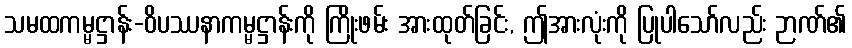
သမထကမ္မဋ္ဌာန်း-ဝိပဿနာကမ္မဋ္ဌာန်းကို ကြိုးဖမ်း အားထုတ်ခြင်း, ဤအားလုံးကို ပြုပါသော်လည်း ဉာဏ်၏